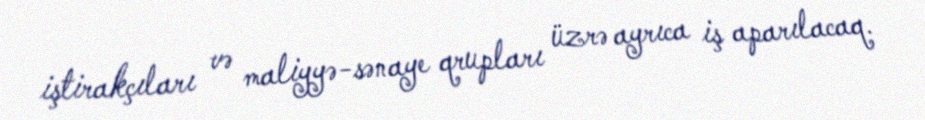
iştirakçıları və maliyyə-sənaye qrupları üzrə ayrıca iş aparılacaq.